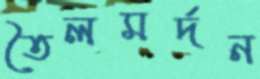
তৈলমর্দন